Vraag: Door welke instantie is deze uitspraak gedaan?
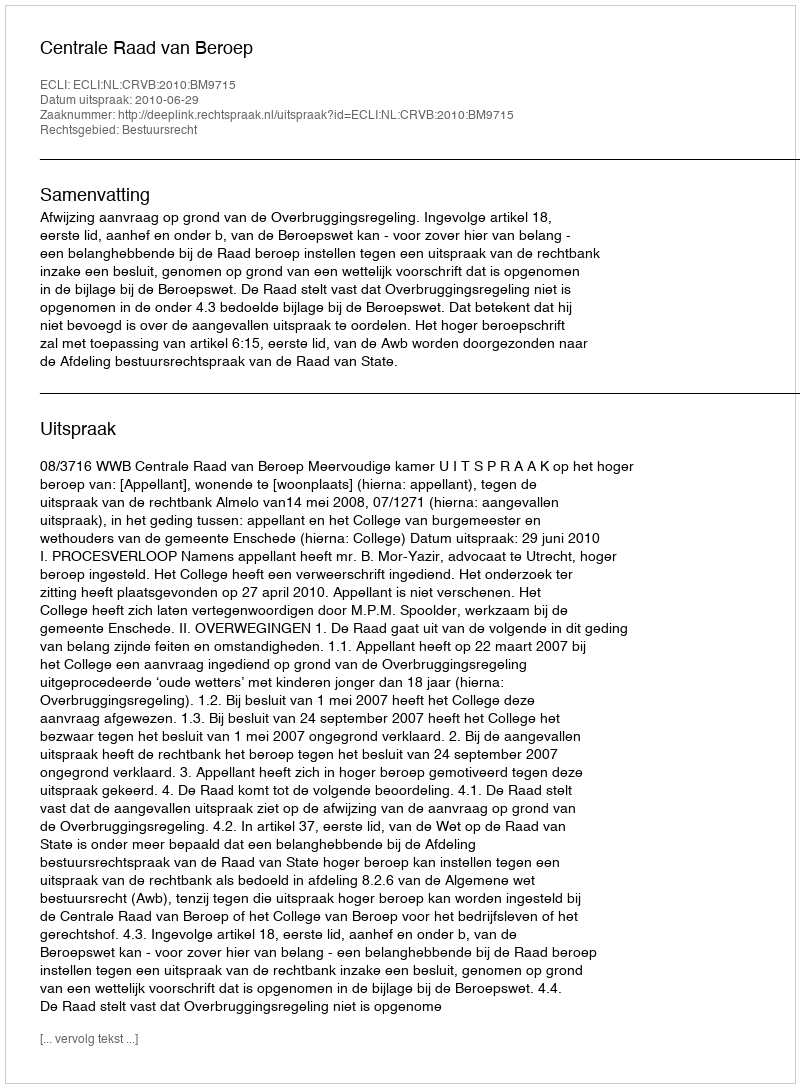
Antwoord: Centrale Raad van Beroep